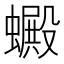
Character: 𧓇